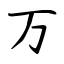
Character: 万